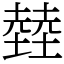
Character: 龳